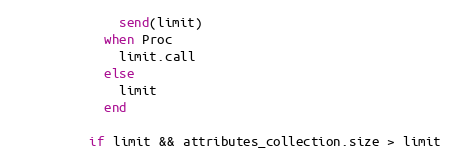
Language: Ruby
              send(limit)
            when Proc
              limit.call
            else
              limit
            end

          if limit && attributes_collection.size > limit